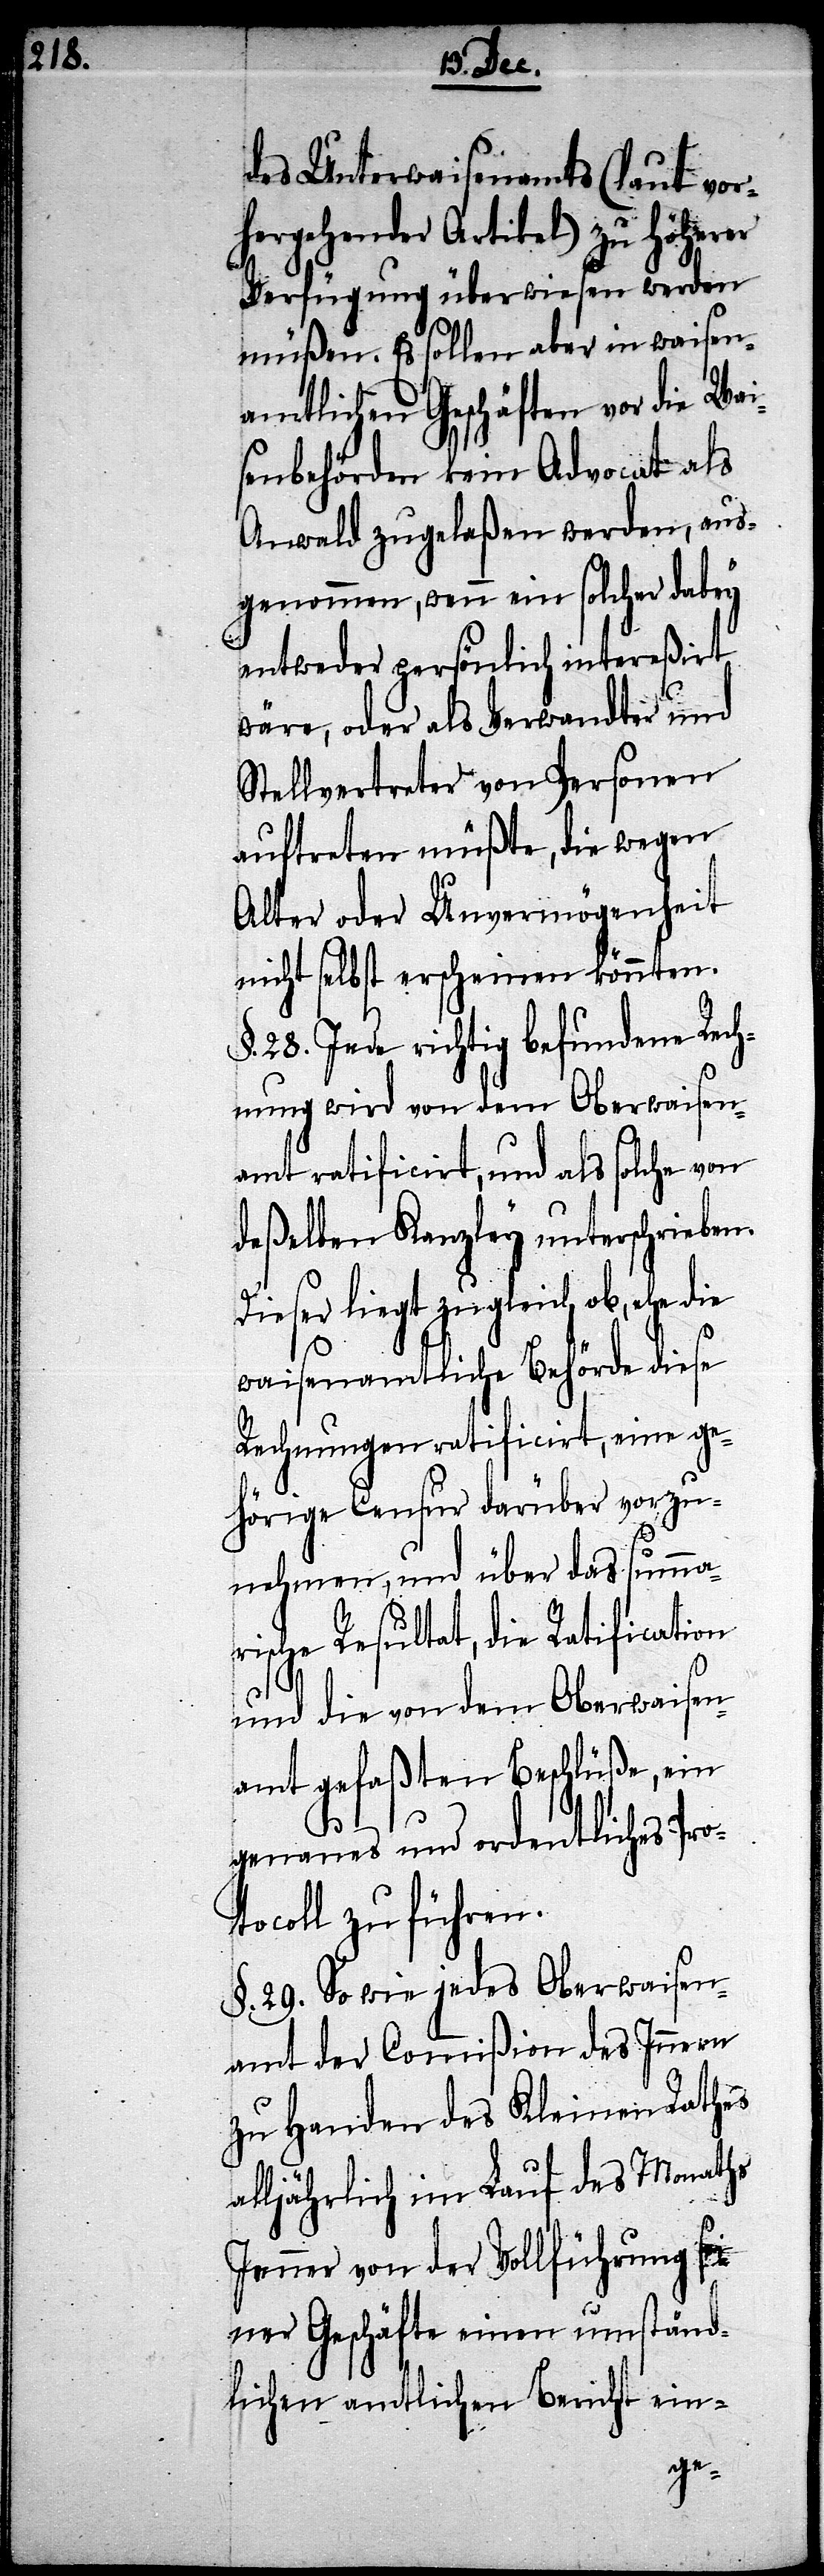
des Unterwaisenamts (laut vor¬
hergehender Artikel) zu höherer
Verfügung überwiesen werden
müßen. Es sollen aber in waisen¬
amtlichen Geschäften vor die Wai¬
senbehörden kein Advocat als
Anwald zugelaßen werden, aus¬
genommen, wenn ein solcher dabey
entweder persönlich intereßirt
wäre, oder als Verwandter und
Stellvertreter von Personen
auftreten müßte, die wegen
Alter oder Unvermögenheit
nicht selbst erscheinen könnten.
§. 28. Jede richtig befundene Rech¬
nung wird von dem Oberwaisen¬
amt ratificirt, und als solche von
deßelben Kanzley unterschrieben.
Dieser liegt zugleich ob, ehe die
waisenamtliche Behörde diese
Rechnungen ratificirt, eine ge¬
hörige Censur darüber vorzu¬
nehmen, und über das summar¬
ische Resultat, die Ratification
und die von dem Oberwaisen¬
amt gefaßten Beschlüße, ein
genaues und ordentliches Pro¬
tocoll zu führen.
§. 29. So wie jedes Oberwaisen¬
amt der Commißion des Innern
zu Handen des Kleinen Rathes
alljährlich im Lauf des Monaths
Jenner von der Vollführung sei¬
ner Geschäfte einen umständ¬
lichen amtlichen Bericht ein-